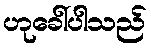
ဟုခေါ်ပါသည်